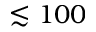
\lesssim 1 0 0